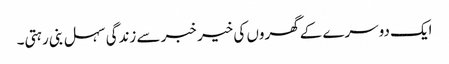
ایک دوسرے کے گھروں کی خیر خبر سے زندگی سہل بنی رہتی۔